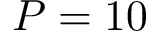
P = 1 0